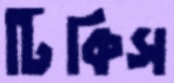
টিকিস